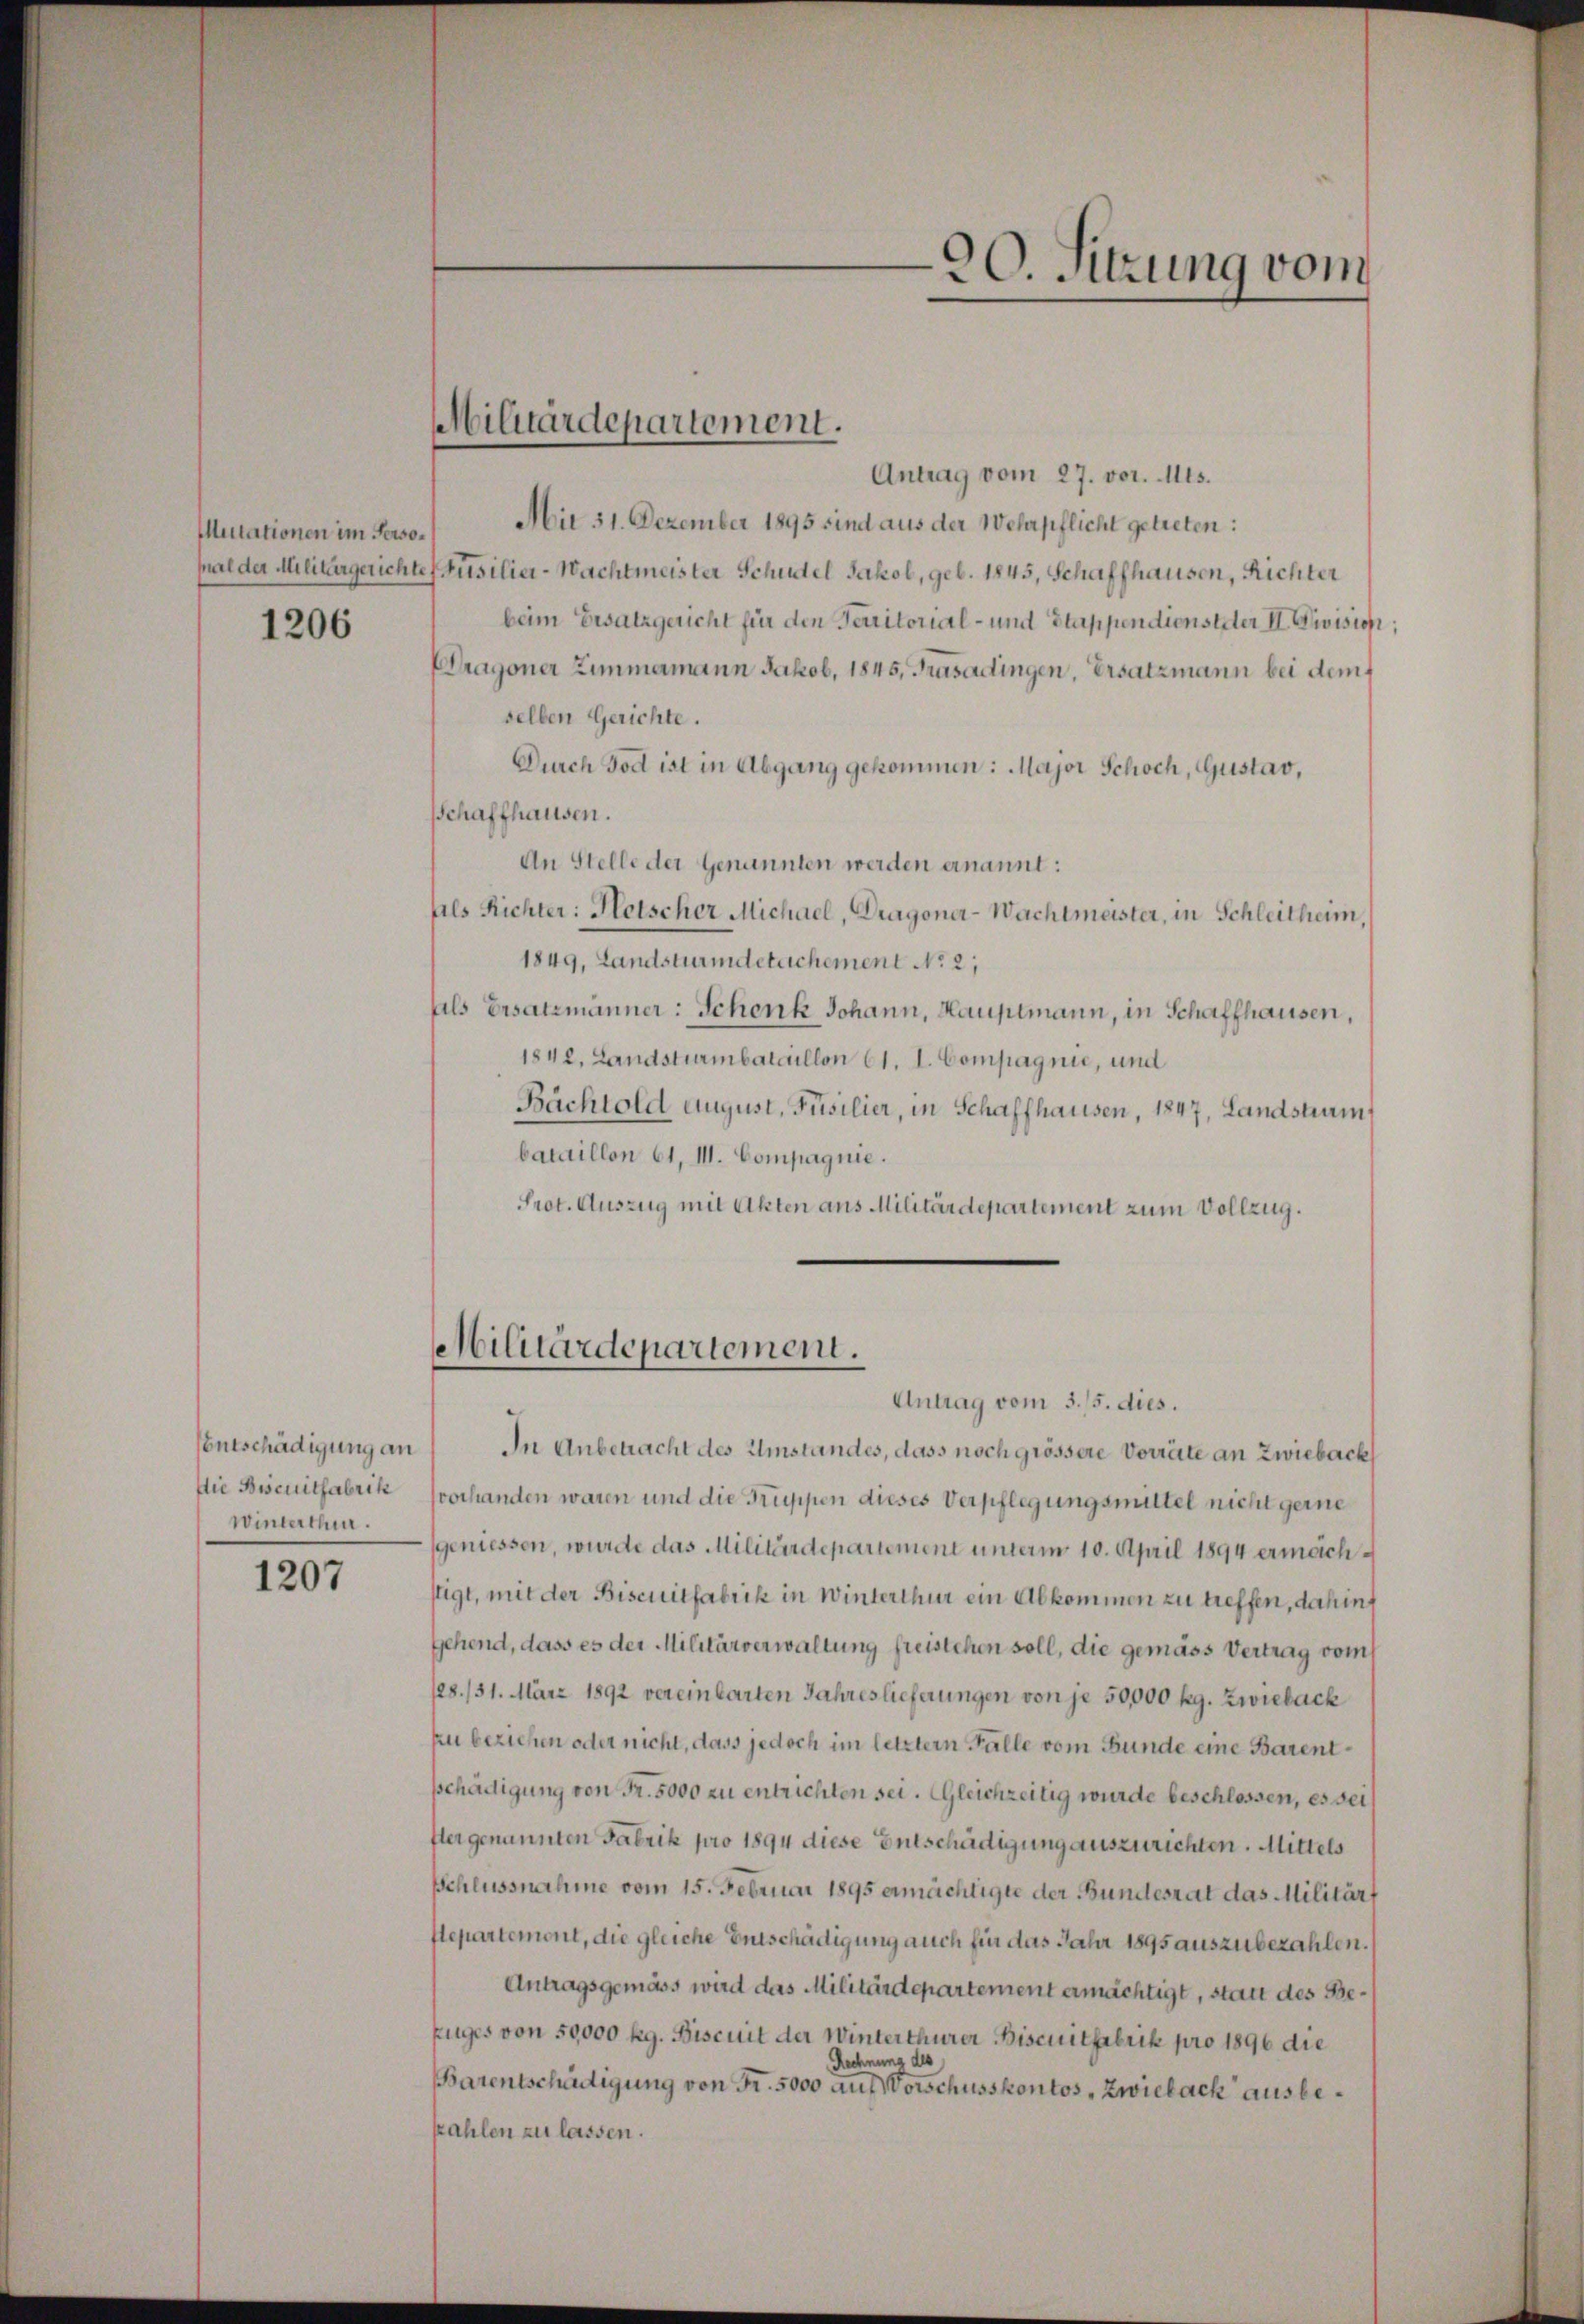
Muitationen im Perso¬

1206

Die Biseuitfabrik
Winterthur.

1207

Militärdepartement.

Antrag vom 27. vor. Mts.
Mie 31. Dezember 1895 sind aus der Wehrpflicht getreten:
pal der Militärgerichte Füsilier-Wachtmeister Schudel Jakob, geb. 1845, Schaffhausen, Richter
beim Ersatzgericht für den Territorial- und Stappendienster II. Division;
Dragoner Zimmamann Jakob, 1845, Frasadingen, Ersatzmann bei dem
selben Gerichte.
Durch Tod ist in Abgang gekommen: Major Schoch, Gustav,
Schaffhausen.
An Stelle der Genannten werden ernannt:
Als Richter: Petscher Michael, Dragoner-Wachtmeister, in Schleitheim,
1849, Landstrumdetachement No. 2;
als Ersatzmänner: Schenk Johann, Hauptmann, in Schaffhausen,
1842. Landsturmbataillon 61. I. Compagnie, und
Bächtold August, Füsilier, in Schaffhausen, 1847, Landstrum
bataillon 61, III. Compagnie.
Prot. Auszug mit Akten aus Militärdepartement zum Vollzug.

Militärdepartement.

Antrag vom 3. 15. dies.
Entschädigung an / In Anbetracht des Umstandes, dass noch grössere Vorräte an Zwieback
vorhanden waren und die Gruppen dieses Verpflegungsmittel nicht gerne
geniessen, wurde das Militärdepartement unterm 10. April 1894 ermächstigt, mit der Biscuitfabrik in Winterthur ein Abkommen zu treffen, dahint
gehend, dass es der Militärverwaltung freistehen soll, die gemäss Vertrag vom
128. 131. März 1892 vereinbarten Jahreslieferungen von je 50,000 kg. Zwieback
zu beziehen oder nicht, dass jedoch im letztern Falle vom Bunde eine Barentschädigung von Fr. 5000 zu entrichten sei. Gleichzeitig wurde beschlossen, es sei¬
Aergenannten Fabrik pro 1894 diese Entschädigung auszurichten. Mittels
Schlussnahme vom 15. Februar 1895 ermächtigte der Bundesrat das Militärt
Hepartemont, die gleiche Entschädigung auch für das Jahr 1895 auszubezahlen.
Antragsgemäss wird das Militärdepartement ermächtigt, stan des Bezuges von 50000 Rg. Biscuit der Winterthurer Biscuitfabrik pro 1896 die
Rechnung des
Barentschädigung von Fr. 5000 auf Vorschusskontos, Zwieback ausbekahlen zu lassen.

90. Sitzung vom